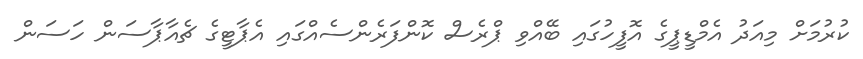
ކުރުމަށް މިއަދު އެމްޑީޕީގެ އޮފީހުގައި ބޭއްވި ޕްރެސް ކޮންފަރެންސެއްގައި އެޕާޓީގެ ޗެއާޕާސަން ހަސަން